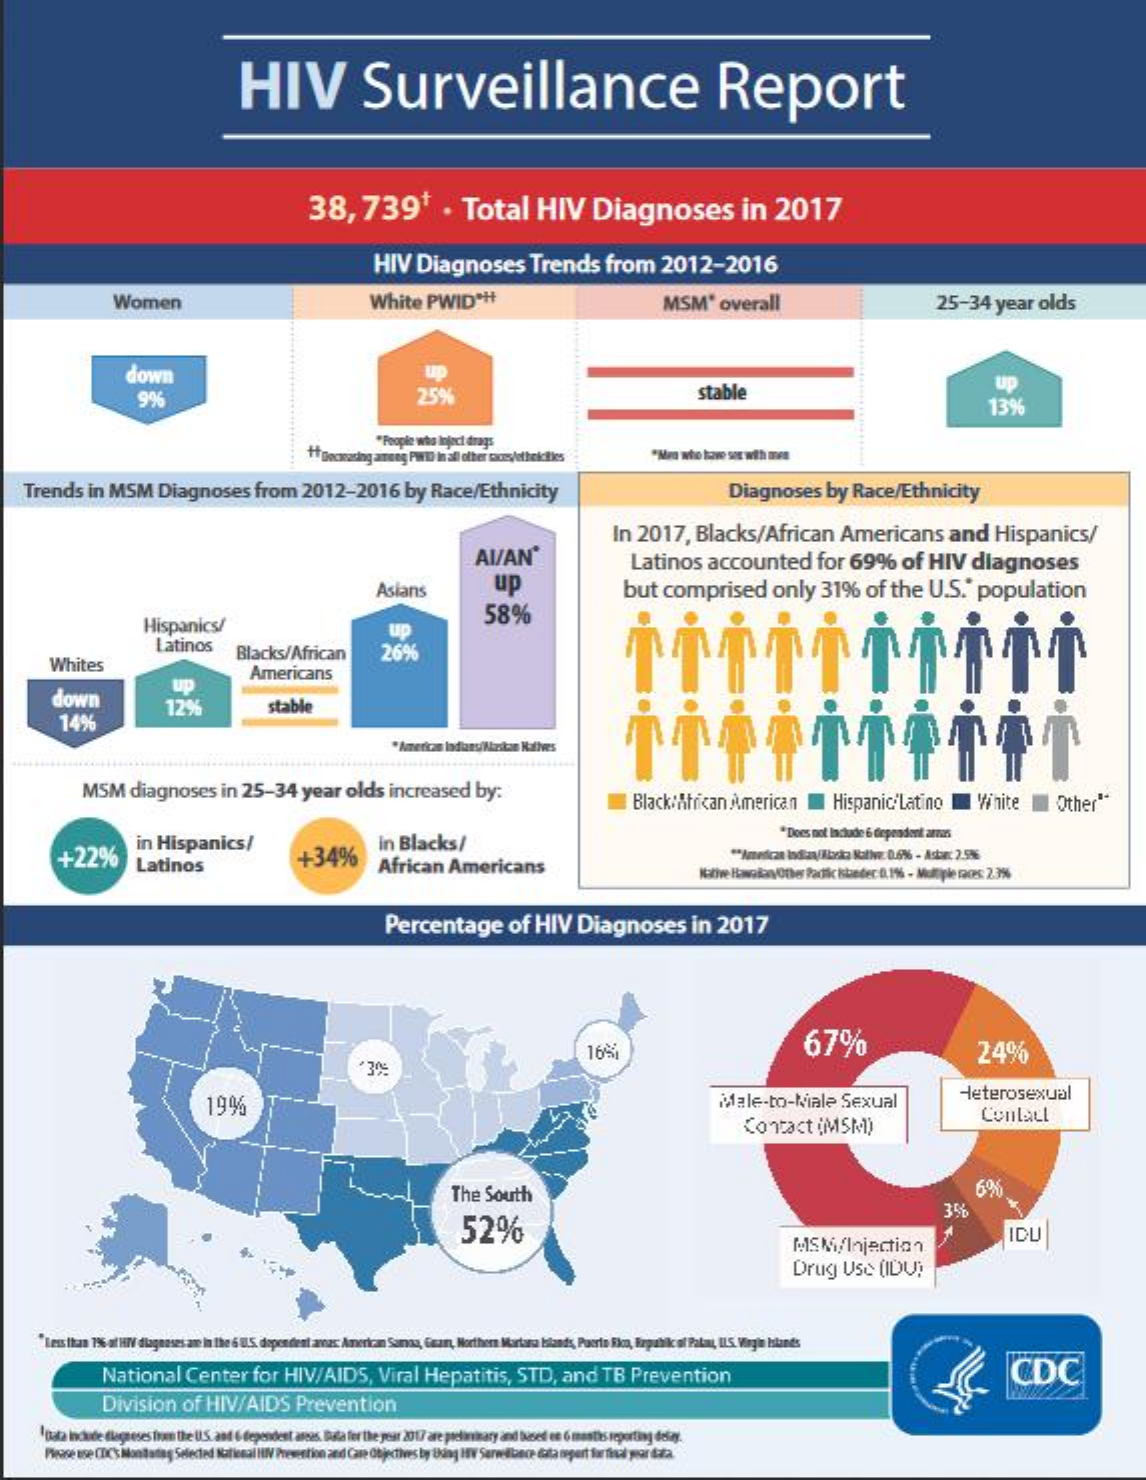
HIV    Surveillance    Report
     38,    7391    .   Total    HIV    Diagnoses    in    2017
     HIV    Diagnoses    Trends    from    2012-2016
     Women    White    PWID    ***    MSM'    overall    25-34    year    olds
     down
     9%    25%    stable    Up
     13%
     "People who Inject drags
     ++ pocnading ameeg PWin in all other saces/othekcities
    Trends    in MSM    Diagnoses    from    2012-2016    by  Race/Ethnicity    Diagnoses    by   Race/Ethnicity
     AI/AN'
     In   2017,    Blacks/African    Americans    and    Hispanics/
     Asians    up
     Latinos    accounted    for  69%    of  HIV    diagnoses
     but   comprised    only    31%    of  the    U.S.    population
     Hispanics/    58%
     Latinos
     up
     Whites
     Blacks/African    266
     down
     Up
     Americans
     14%
     12%    stable
     "American Indiany/Mizikan Halives
     MSM    diagnoses    in  25-34    year    olds   increased    by:
     Black:African    American    Hispanic/Latino    White    Other"
     "Does not Include & dependent arnas
     +22%
     in Hispanics/
     Latinos    +34%
     In Blacks/
     African    Americans
     ** American Indian/boka Native: 0.6% - Asta: 2.5%
     Native HavalanyOther Padi kteder:0,1% - Multiple nos: 23%
     Percentage    of  HIV    Diagnoses    in   2017
     67%
     3%
     16%    24%
     19%    Male-to-Niale    Sexual    Heterosexual
     Contact    (MSM1)    Contact
     The   South    6%
     52%
     3%
     MSM/Injection
     IDU
     Drug    Use   (IDV)
     "Less than 75% al HIV diagnoses ame In 6 0.5 dependent amer: American Somag, Gear, Northern Mariana blands, Puerto Rica, Ropabik of Palm, ILS. Virgin Islands
     National    Center    for   HIV/AIDS,    Viral   Hepatitis,    STD,    and    TB   Prevention    CDC
     Division    of  HIV/AIDS    Prevention
     pata include flageses Inen The U.S. and 6 dependest assis. Bata Ter The year 2017 are preliminary and based en 6 mastis reporting defay.
     Please use CDC'S Mondtatag Selected National HIV Prevention and Came Objectives by Ung av Servellbece duta mepart far final war data.